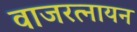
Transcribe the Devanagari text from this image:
वाजरत्नायन